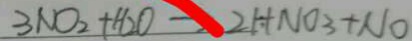
3 N O _ { 2 } + H _ { 2 } O - 2 H N O _ { 3 } + N O